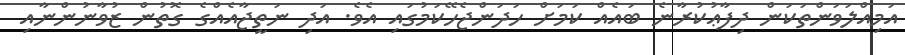
އަމިއްލަވަންތަކަން ދިފާޢުކުރާނެ ބައެއް ކަމަށް ހަދަންޖެހޭކަމުގައި އެވެ. އަދި ނަތީޖާއެއްގެ ގޮތުން ޒުވާނުންނާއި